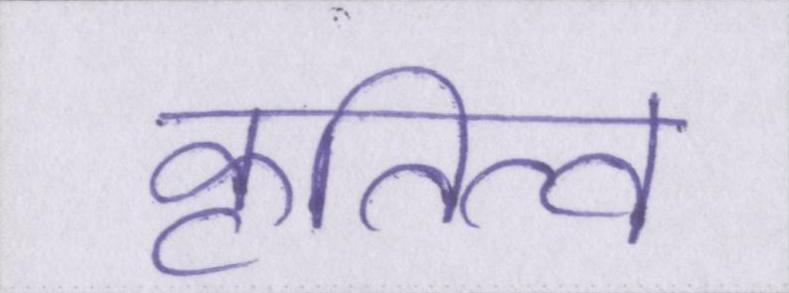
कृतित्व